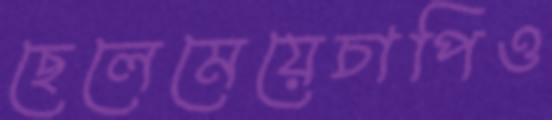
ছেলেমেয়েচাপিও